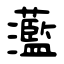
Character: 蘫